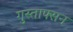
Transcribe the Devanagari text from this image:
गुस्ताफ्सन